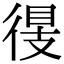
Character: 𢔠